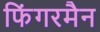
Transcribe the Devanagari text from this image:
फिंगरमैन